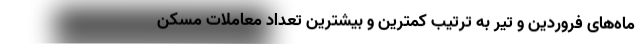
ماه‌های فروردین و تیر به ترتیب کمترین و بیشترین تعداد معاملات مسکن